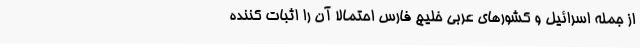
از جمله اسرائیل و کشورهای عربی خلیج فارس احتمالا آن را اثبات کننده